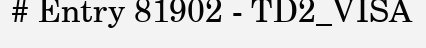
# Entry 81902 - TD2_VISA